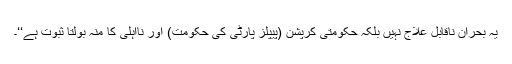
یہ بحران ناقابل علاج نہیں بلکہ حکومتی کرپشن (پیپلز پارٹی کی حکومت) اور نااہلی کا منہ بولتا ثبوت ہے‘‘۔